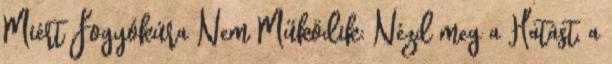
Miért Fogyókúra Nem Működik: Nézd meg a Hatást, a